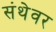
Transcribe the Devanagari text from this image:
संथेवर